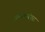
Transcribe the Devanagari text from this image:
तत्त्वपरंपरा